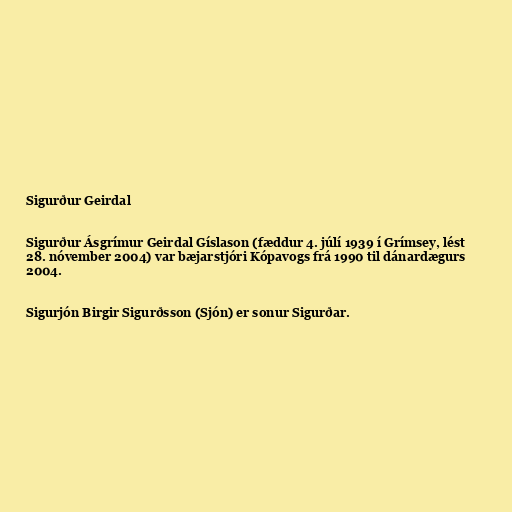
Sigurður Geirdal

Sigurður Ásgrímur Geirdal Gíslason (fæddur 4. júlí 1939 í Grímsey, lést
28. nóvember 2004) var bæjarstjóri Kópavogs frá 1990 til dánardægurs
2004.

Sigurjón Birgir Sigurðsson (Sjón) er sonur Sigurðar.